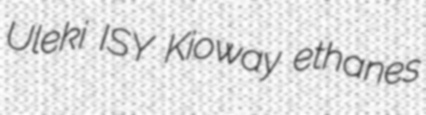
Uleki ISY Kioway ethanes